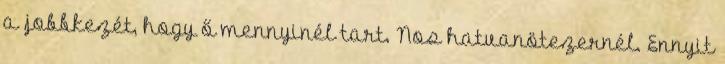
a jobbkezét, hogy ő mennyinél tart. Nos hatvanötezernél. Ennyit